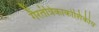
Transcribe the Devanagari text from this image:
गैरतंत्रिकाकोशिकीय